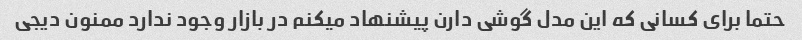
حتما برای کسانی که این مدل گوشی دارن پیشنهاد میکنم در بازار وجود ندارد ممنون دیجی